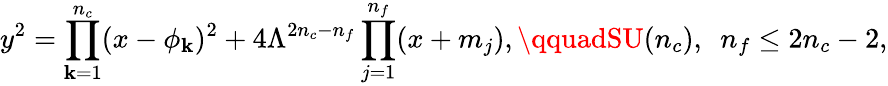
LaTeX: y^{2}=\prod_{\mathbf{k}=1}^{n_{c}}(x-\phi_{\mathbf{k}})^{2}+4\Lambda^{2n_{c}-n_{f}}\prod_{j=1}^{n_{f}}(x+m_{j}),\qquadSU(n_{c}),\, \, \, n_{f}\le2n_{c}-2,